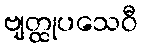
ဗျတ္ထုပသေဝီ